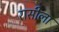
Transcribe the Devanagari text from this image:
रासीला